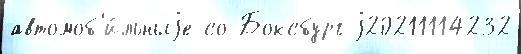
автомоб'и́льныjе со Боксбург j20211114232